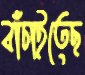
বাঁচাইতেছ